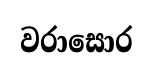
වරාසොර